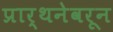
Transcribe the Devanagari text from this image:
प्रार्थनेवरून